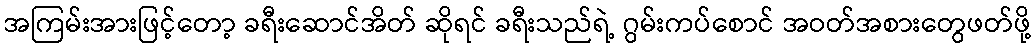
အကြမ်းအားဖြင့်တော့ ခရီးဆောင်အိတ် ဆိုရင် ခရီးသည်ရဲ့ ဂွမ်းကပ်စောင် အဝတ်အစားတွေဖတ်ဖို့